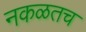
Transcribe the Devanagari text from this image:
नकळतच